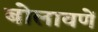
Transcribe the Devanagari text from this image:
बोलावणें